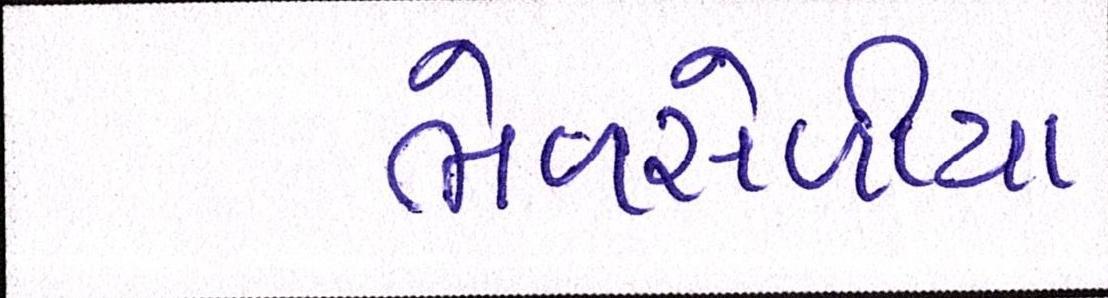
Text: ભેળસેળીયા